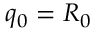
q _ { 0 } = R _ { 0 }